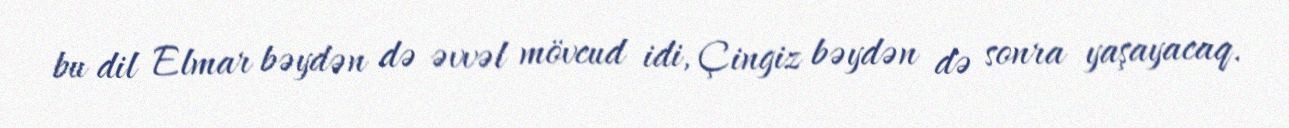
bu dil Elmar bəydən də əvvəl mövcud idi, Çingiz bəydən də sonra yaşayacaq.